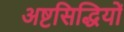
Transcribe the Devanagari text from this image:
अष्टसिद्धियों